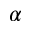
\alpha